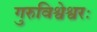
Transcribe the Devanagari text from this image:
गुरुविश्वेश्वरः